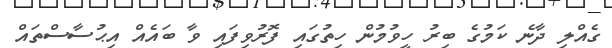
ގެއްލި ދާނެ ކަމުގެ ބިރު ހީވުމުން ހިތުގައި ފޮރުވިފައި ވާ ބައެއް އިޙުސާސްތައް